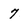
Character: 7